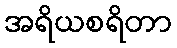
အရိယစရိတာ